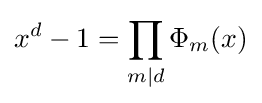
x^{d}-1=\prod _{m\mid d}\Phi _{m}(x)